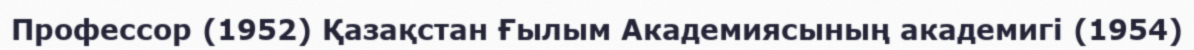
Профессор (1952) Қазақстан Ғылым Академиясының академигі (1954)